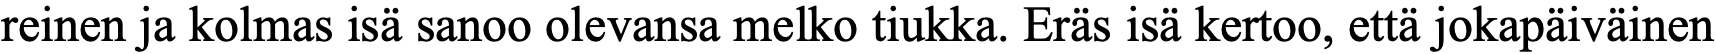
reinen ja kolmas isä sanoo olevansa melko tiukka. Eräs isä kertoo, että jokapäiväinen